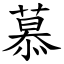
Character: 慕